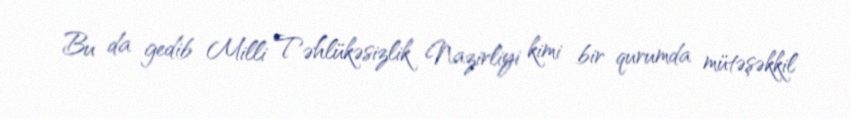
Bu da gedib Milli Təhlükəsizlik Nazirliyi kimi bir qurumda mütəşəkkil